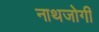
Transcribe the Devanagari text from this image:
नाथजोगी